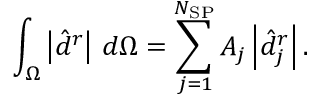
\int _ { \Omega } \left\lvert \hat { d } ^ { r } \right\rvert \, d \Omega = \sum _ { j = 1 } ^ { N _ { \mathrm { S P } } } A _ { j } \left\lvert \hat { d } _ { j } ^ { r } \right\rvert .